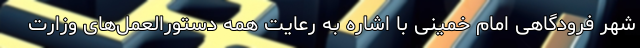
شهر فرودگاهی امام خمینی با اشاره به رعایت همه دستورالعمل‌های وزارت